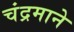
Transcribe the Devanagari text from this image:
चंद्रमाने